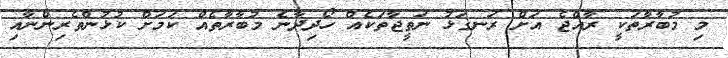
މި މުބާރާތަކީ ރާއްޖެ އަށް ރަނގަޅު ނަތީޖާތަކެއް ހޯދިދާނެ މުބާރާތެއް ކަމަށް ކުޅުންތެރިންނާއި